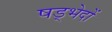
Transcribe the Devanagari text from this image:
षड्भेदों